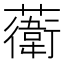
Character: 𧁮